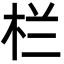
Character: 栏